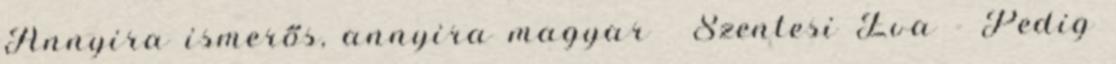
Annyira ismerős, annyira magyar ✦ Szentesi Éva - Pedig